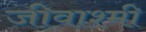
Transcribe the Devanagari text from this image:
जीवाश्मी